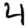
Digit: 4